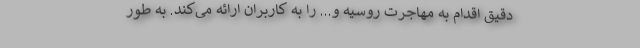
دقیق اقدام به مهاجرت روسیه و... را به کاربران ارائه می‌کند. به طور